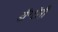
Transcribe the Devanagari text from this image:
डॉ॰टोनी